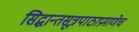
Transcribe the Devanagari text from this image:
सिद्धान्तसूत्रपाठाप्रमाणेच